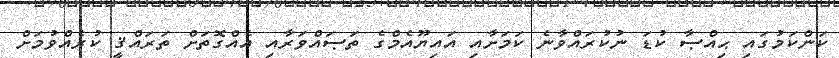
ކަންކަމުގައި ޙިއްޞާ ކުޑަ ނުކުރައްވާނެ ކަމަށާއި އައިޔޫއެމްގެ ތަޞައްވަރާއި އެއްގޮތަށް ތަރައްޤީ ކުރެއްވުމަށް